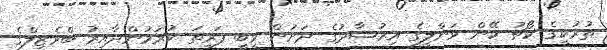
ތުރުކީގެ ކޯޗު ކޭން ވަންލީގެ އިރުޝާދުގެ ދަށުން ވީބީ ފަރިތަ ކުރަމުންދާއިރު ބްރެޒިލްގެ